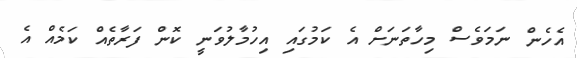
އެހެން ނަމަވެސް މިހާތަނަށް އެ ކަމުގައި އިހުމާލުވަނީ ކޮން ފަރާތެއް ކަމެއް އެ